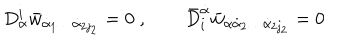
LaTeX: D _ { \alpha } ^ { i } \bar { w } _ { \dot { \alpha } _ { 1 } \ldots \dot { \alpha } _ { 2 j _ { 2 } } } = 0 \; , \qquad \bar { D } _ { i } ^ { \dot { \alpha } } \bar { w } _ { \dot { \alpha } \dot { \alpha } _ { 2 } \ldots \dot { \alpha } _ { 2 j _ { 2 } } } = 0